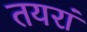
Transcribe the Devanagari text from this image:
तयरां